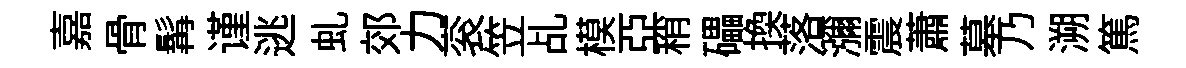
嘉骨髯谨逃虬郊力衮笠乩模亞稍礧换落瀰震蕭墓乃溯篤